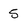
Character: 5